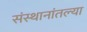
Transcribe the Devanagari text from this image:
संस्थानांतल्या